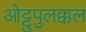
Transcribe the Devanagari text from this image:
ओट्टुपुलक्कल